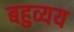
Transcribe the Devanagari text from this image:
बहुव्यय